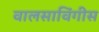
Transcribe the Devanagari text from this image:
वालसाविंगीस